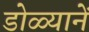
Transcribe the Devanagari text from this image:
डोळ्यानें